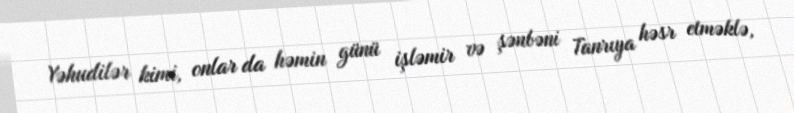
Yəhudilər kimi, onlar da həmin günü işləmir və şənbəni Tanrıya həsr etməklə,